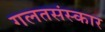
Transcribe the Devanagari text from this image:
गलतसंस्कार